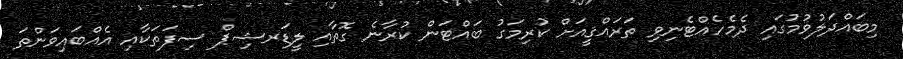
މިބައްދަލުވުމުގައި ދެމެހެއްޓެނިވި ތަރައްޤީއަށް ކުރިމަގު ބައްޓަން ކުރާނެ ގޮތާއި ލީޑަރޝިޕް ސިފަތަކާއި އެއްބައިވަންތަ